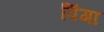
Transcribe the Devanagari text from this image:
पिंगा